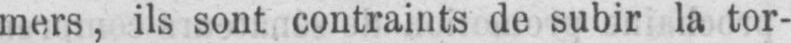
mers, ils sont contraints de subir la tor-